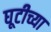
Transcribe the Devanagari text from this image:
घूटीच्या